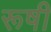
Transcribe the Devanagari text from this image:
रूषी